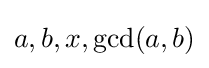
a,b,x,\gcd(a,b)